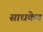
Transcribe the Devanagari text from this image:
साधकेन